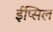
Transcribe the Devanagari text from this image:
ईप्सिल